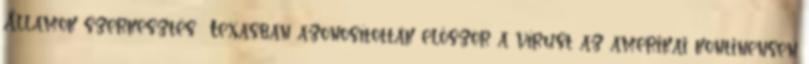
Államok szerkesztés Texasban azonosították először a vírust az amerikai kontinensen